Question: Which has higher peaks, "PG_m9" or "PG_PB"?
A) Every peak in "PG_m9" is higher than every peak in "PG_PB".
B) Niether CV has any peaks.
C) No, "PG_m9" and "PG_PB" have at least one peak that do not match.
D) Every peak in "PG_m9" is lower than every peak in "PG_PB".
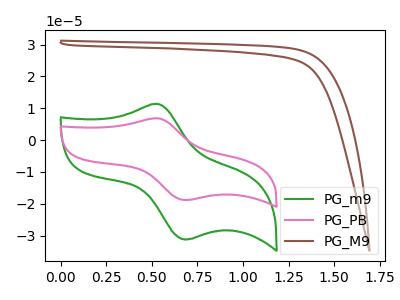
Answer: <think>The green curve "PG_m9" has an anodic peak at (0.55V, 11.35uA) and a cathodic peak at (0.70V, -31.10uA). The pink curve "PG_PB" has an anodic peak at (0.55V, 6.85uA) and a cathodic peak at (0.70V, -18.75uA). The brown curve "PG_M9" has no peaks.</think>
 <answer>A) Every peak in "PG_m9" is higher than every peak in "PG_PB".</answer>
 <eval>A</eval>